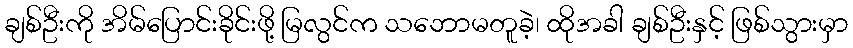
ချစ်ဦးကို အိမ်ပြောင်းခိုင်းဖို့ မြလွင်က သဘောမတူခဲ့၊ ထိုအခါ ချစ်ဦးနှင့် ဖြစ်သွားမှာ